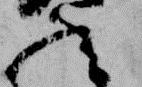
九